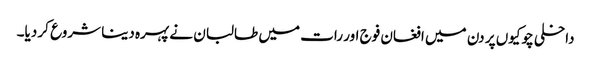
داخلی چوکیوں پر دن میں افغان فوج اور رات میں طالبان نے پہرہ دینا شروع کر دیا۔